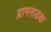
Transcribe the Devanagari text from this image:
ग्रामसडक